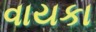
વાયકા